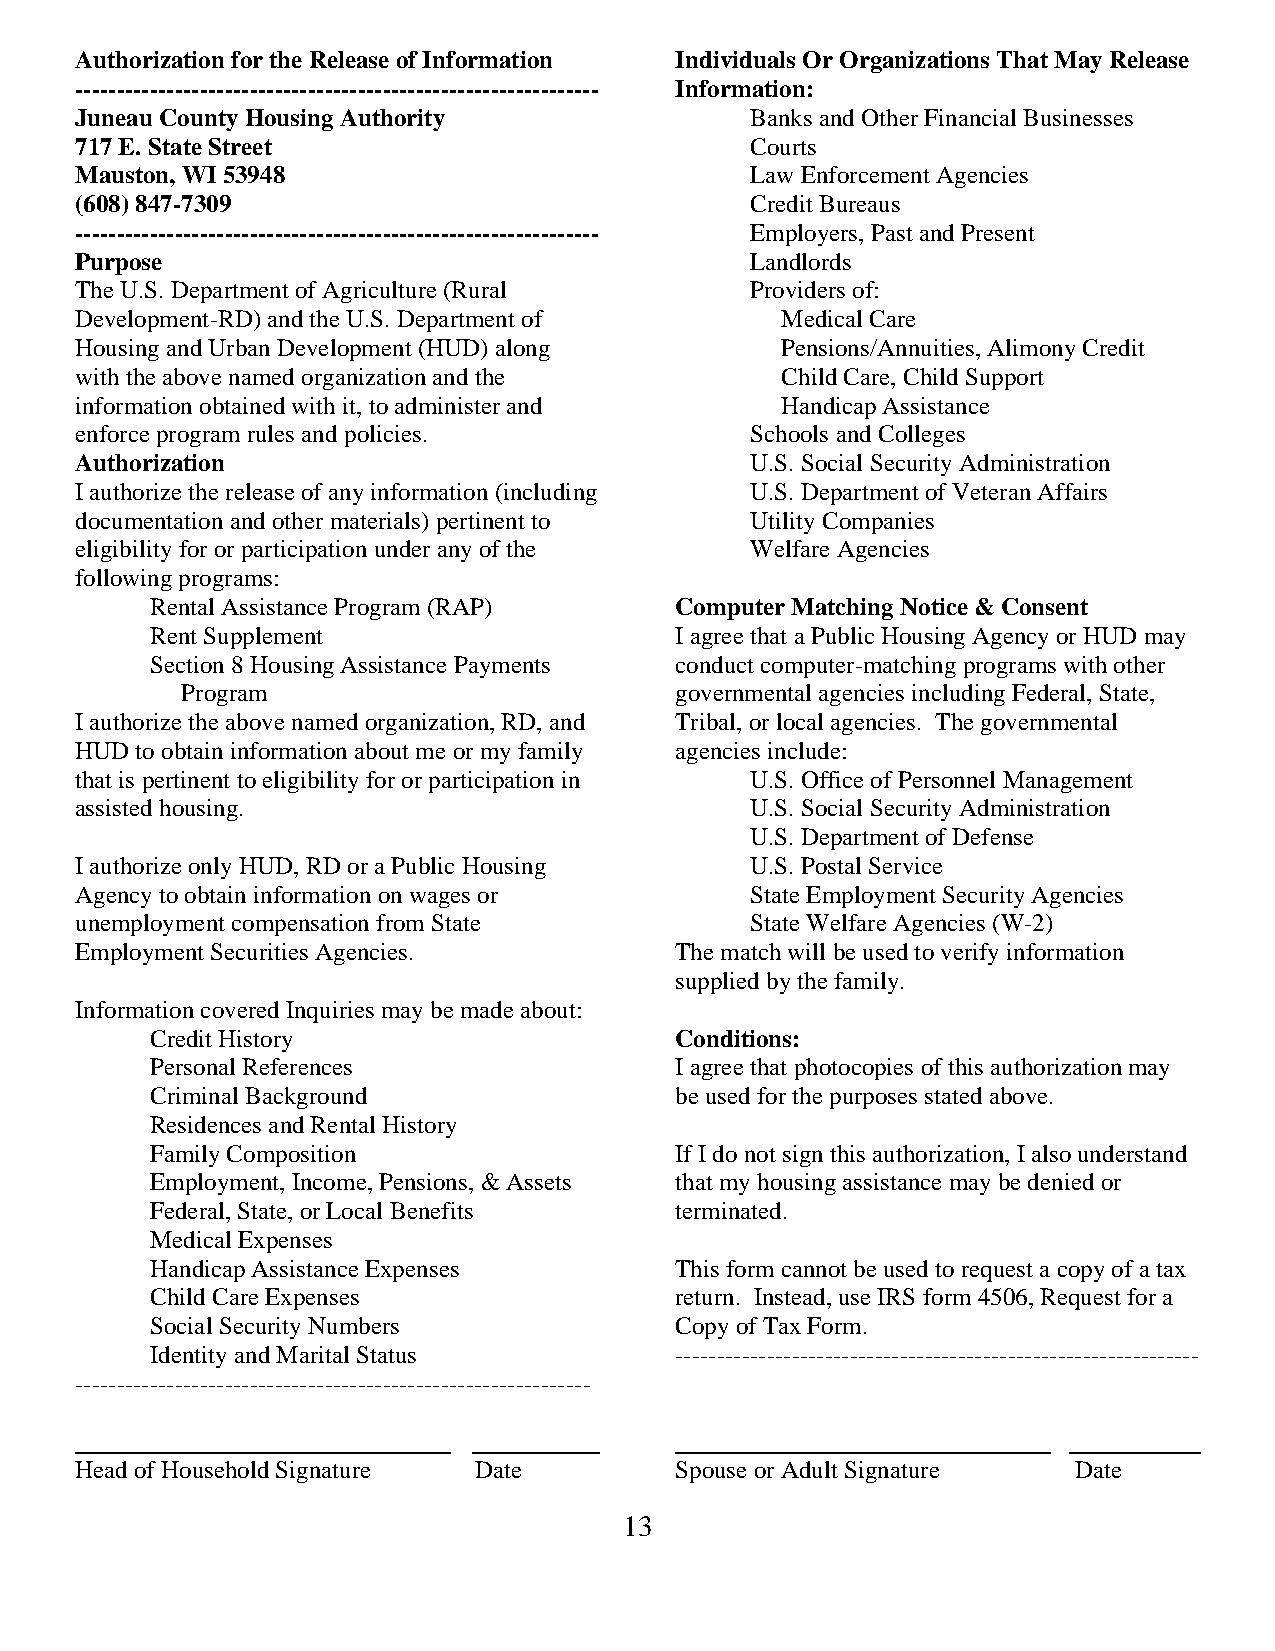
Authorization for the Release of Information Individuals Or Organizations That May Release
 --------------------------------------------------------------- Information:
 Juneau County Housing Authority              Banks and Other Financial Businesses
 717 E. State Street                          Courts
 Mauston, WI 53948                            Law Enforcement Agencies
 (608) 847-7309                               Credit Bureaus
 --------------------------------------------------------------- Employers, Past and Present
 Purpose                                      Landlords
 The U.S. Department of Agriculture (Rural    Providers of:
 Development-RD) and the U.S. Department of     Medical Care
 Housing and Urban Development (HUD) along      Pensions/Annuities, Alimony Credit
 with the above named organization and the      Child Care, Child Support
 information obtained with it, to administer and Handicap Assistance
 enforce program rules and policies.          Schools and Colleges
 Authorization                                U.S. Social Security Administration
 I authorize the release of any information (including U.S. Department of Veteran Affairs
 documentation and other materials) pertinent to Utility Companies
 eligibility for or participation under any of the Welfare Agencies
 following programs:
 Rental Assistance Program (RAP)    Computer Matching Notice & Consent
 Rent Supplement                    I agree that a Public Housing Agency or HUD may
 Section 8 Housing Assistance Payments conduct computer-matching programs with other
 Program                          governmental agencies including Federal, State,
 I authorize the above named organization, RD, and Tribal, or local agencies. The governmental
 HUD to obtain information about me or my family agencies include:
 that is pertinent to eligibility for or participation in U.S. Office of Personnel Management
 assisted housing.                            U.S. Social Security Administration
 U.S. Department of Defense
 I authorize only HUD, RD or a Public Housing U.S. Postal Service
 Agency to obtain information on wages or     State Employment Security Agencies
 unemployment compensation from State         State Welfare Agencies (W-2)
 Employment Securities Agencies.         The match will be used to verify information
 supplied by the family.
 Information covered Inquiries may be made about:
 Credit History                     Conditions:
 Personal References                I agree that photocopies of this authorization may
 Criminal Background                be used for the purposes stated above.
 Residences and Rental History
 Family Composition                 If I do not sign this authorization, I also understand
 Employment, Income, Pensions, & Assets that my housing assistance may be denied or
 Federal, State, or Local Benefits  terminated.
 Medical Expenses
 Handicap Assistance Expenses       This form cannot be used to request a copy of a tax
 Child Care Expenses                return. Instead, use IRS form 4506, Request for a
 Social Security Numbers            Copy of Tax Form.
 Identity and Marital Status        ---------------------------------------------------------------
 --------------------------------------------------------------
 Head of Household Signature Date        Spouse or Adult Signature Date
 13